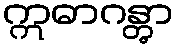
ဣဓာဂန္တွာ